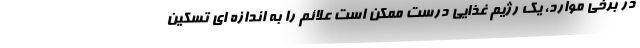
در برخی موارد، یک رژیم غذایی درست ممکن است علائم را به اندازه ای تسکین